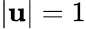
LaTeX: |\mathbf{u}|=1